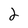
Character: 2